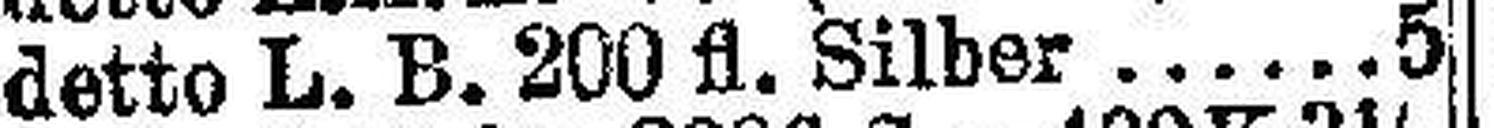
detto L. B. 200 fl. Silber.5